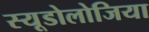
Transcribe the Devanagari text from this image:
स्यूडोलोजिया